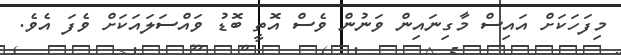
މިފަހަކަށް އައިސް މާގިނައިން ވަނުން ވެސް އޮތީ ބޮޑު ވައްސަލައަކަށް ވެފަ އެވެ.